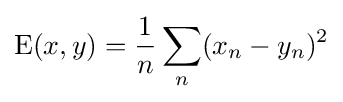
\operatorname {E} (x,y)={\frac {1}{n}}\sum _{n}(x_{n}-y_{n})^{2}